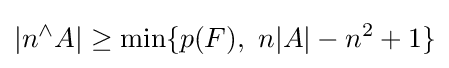
|n^{\wedge }A|\geq \min\{p(F),\ n|A|-n^{2}+1\}